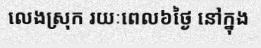
លេងស្រុក រយៈពេល៦ថ្ងៃ នៅក្នុង